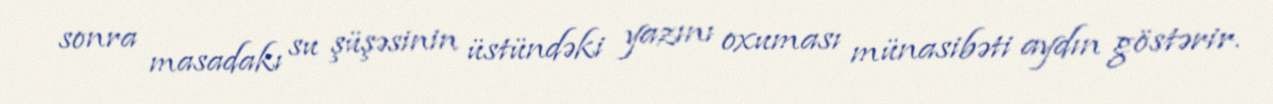
sonra masadakı su şüşəsinin üstündəki yazını oxuması münasibəti aydın göstərir.